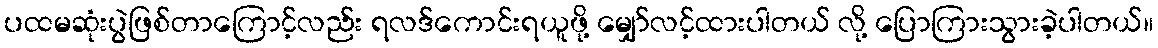
ပထမဆုံးပွဲဖြစ်တာကြောင့်လည်း ရလဒ်ကောင်းရယူဖို့ မျှော်လင့်ထားပါတယ် လို့ ပြောကြားသွားခဲ့ပါတယ်။